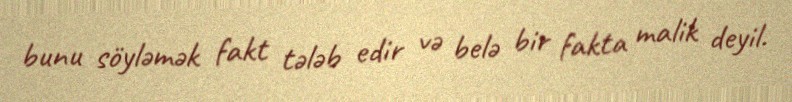
bunu söyləmək fakt tələb edir və belə bir fakta malik deyil.